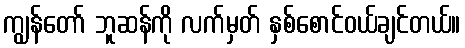
ကျွန်တော် ဘူဆန်ကို လက်မှတ် နှစ်စောင်ဝယ်ချင်တယ်။